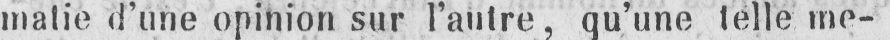
matie d’une opinion sur l’autre, qu’une telle me-